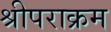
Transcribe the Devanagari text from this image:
श्रीपराक्रम